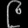
Digit: ၉